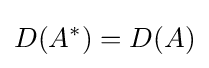
D(A^{*})=D(A)